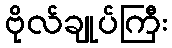
ဗိုလ်ချုပ်ကြီး